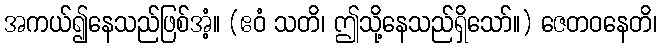
အကယ်၍နေသည်ဖြစ်အံ့။ (ဧဝံ သတိ၊ ဤသို့နေသည်ရှိသော်။) ဇေတဝနေတိ၊